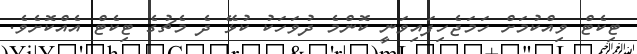
ޓިކެޓް ވިއްކުމަށް ހަމަޖެހިފައިވަނީ ކޮންމެ ދުވަހަކު ކުޅޭ ދެ މެޗުގެ ޓިކެޓް އެއްކޮށެވެ.